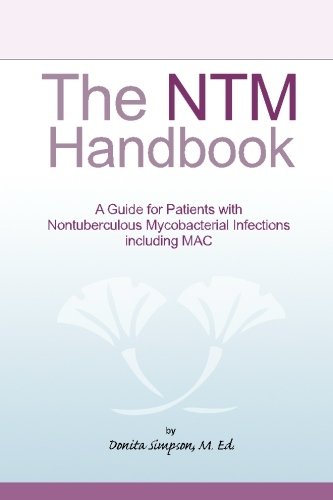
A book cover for The NTM Handbook: A Guide for Patients with Nontuberculous Mycobacterial Infections including MAC; Donita Simpson M. Ed.; Health, Fitness & Dieting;